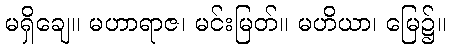
မရှိချေ။ မဟာရာဇ၊ မင်းမြတ်။ မဟိယာ၊ မြေ၌။